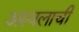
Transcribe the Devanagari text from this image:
अस्वलाची